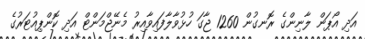
އަދި އޯޕަން ލާނިންގެ ރޮނގުން 1260 ޖާގަ ހުޅުވާލާފައިވާއިރު މެނޭޖްމަންޓް އަދި ކޮންޕިއުޓަރުގެ